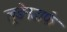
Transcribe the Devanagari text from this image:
लूडेनडार्फ